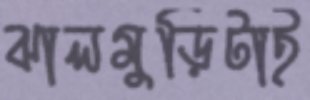
ঝালমুড়িটাই